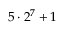
5 \cdot 2 ^ { 7 } + 1